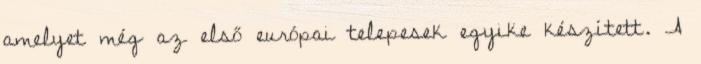
amelyet még az első európai telepesek egyike készített. A